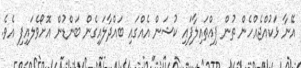
އޭނާ ޅަކުއްޖެއްހެން ތުން ފިއްތައިލާފައި ކުޝަން އެއްގައި ބައްދާލައިގެން ބަންޑުން އޮށޯވެލައިފި އެވެ.